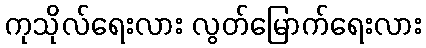
ကုသိုလ်ရေးလား လွတ်မြောက်ရေးလား